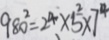
9 8 0 ^ { 2 } = 2 4 \times 5 ^ { 2 } \times 7 ^ { 4 }